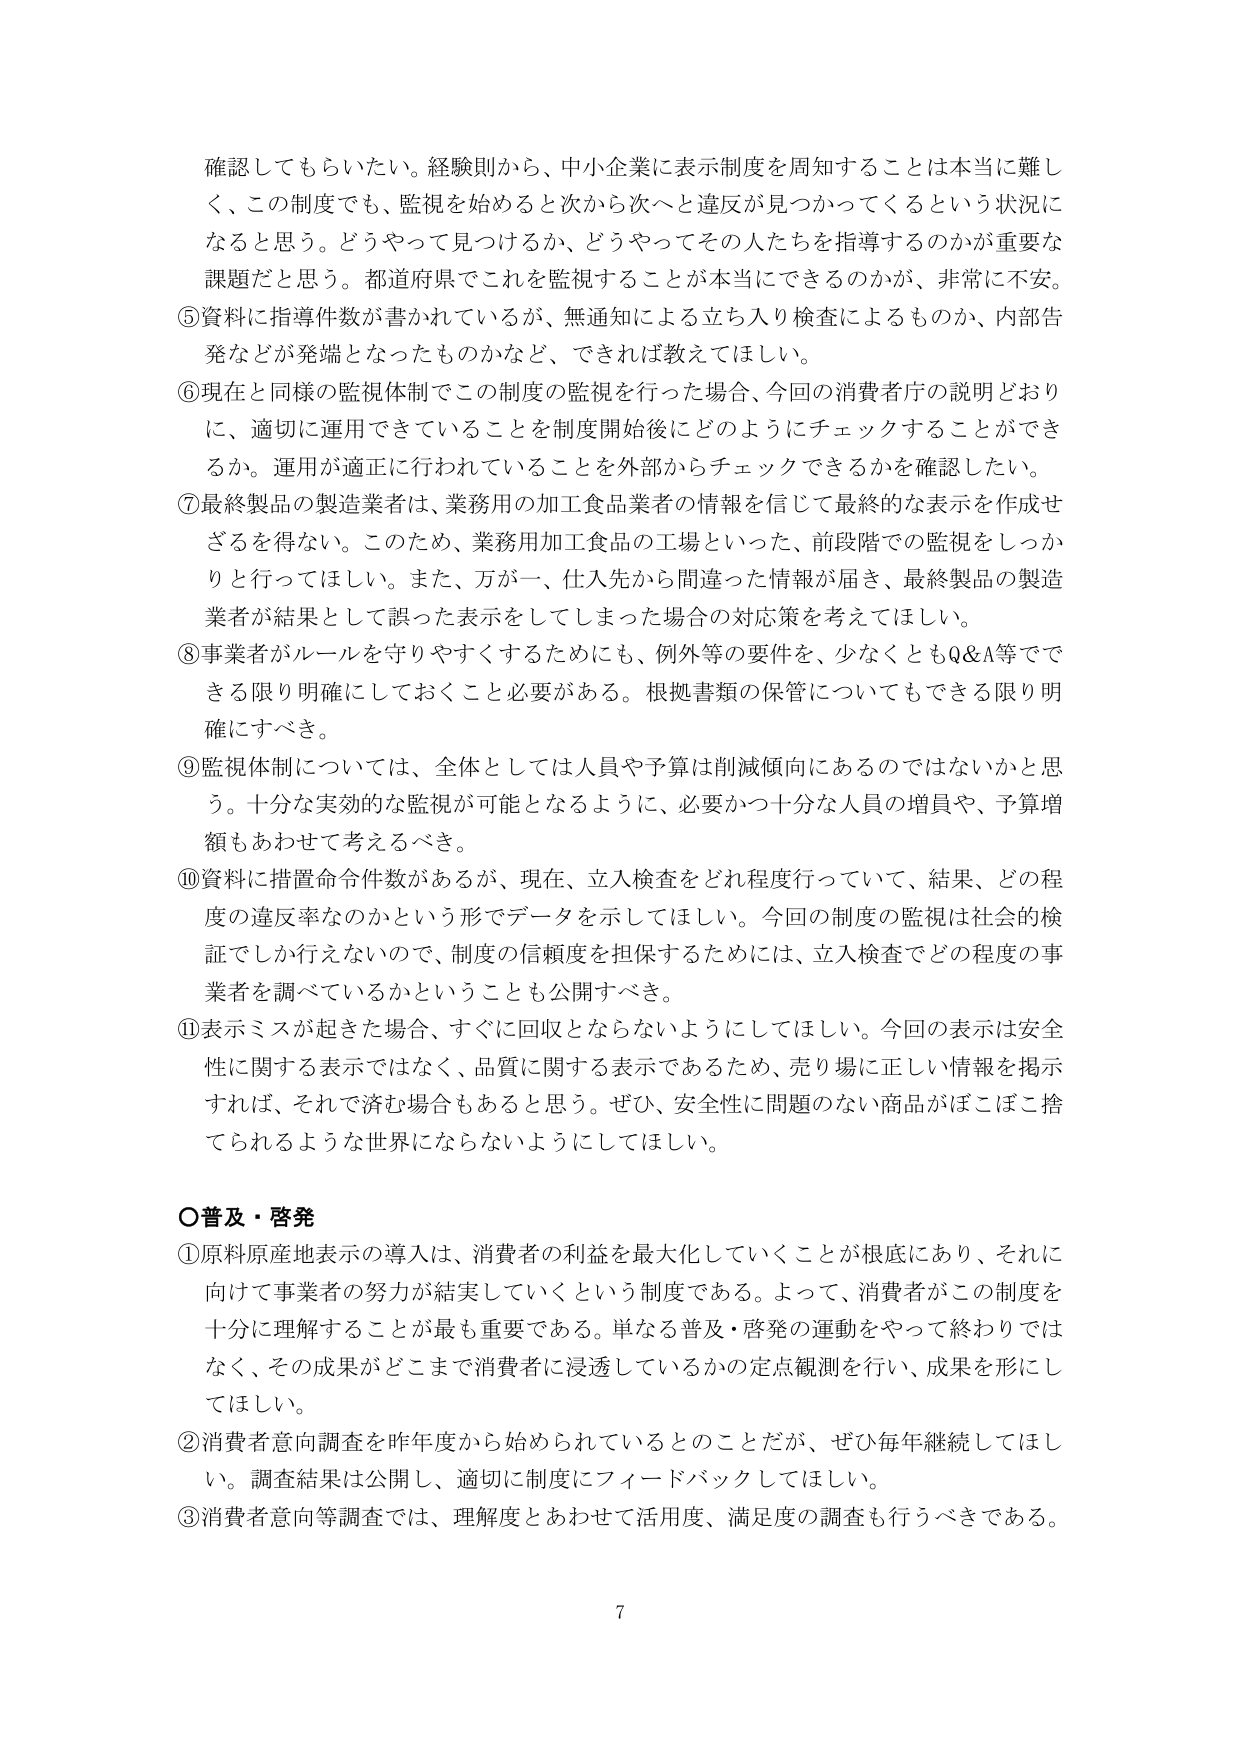
確認してもらいたい。経験則から、中小企業に表示制度を周知することは本当に難しく、この制度でも、監視を始めると次から次へと違反が見つかってくるという状況になると思う。どうやって見つけるか、どうやってその人たちを指導するのかが重要な課題だと思う。都道府県でこれを監視することが本当にできるのかが、非常に不安。
⑤資料に指導件数が書かれているが、無通知による立ち入り検査によるものか、内部告発などが発端となったものかなど、できれば教えてほしい。
⑥現在と同様の監視体制でこの制度の監視を行った場合、今回の消費者庁の説明どおりに、適切に運用できていることを制度開始後にどのようにチェックすることができるか。運用が適正に行われていることを外部からチェックできるかを確認したい。
⑦最終製品の製造業者は、業務用の加工食品業者の情報を信じて最終的な表示を作成せざるを得ない。このため、業務用加工食品の工場といった、前段階での監視をしっかり行ってほしい。また、万が一、仕入先から間違った情報が届き、最終製品の製造業者が結果として誤った表示をしてしまった場合の対応策を考えてほしい。
⑧事業者がルールを守りやすくするためにも、例外等の要件を、少なくともQ&A等でできる限り明確にしておくこと必要がある。根拠書類の保管についてもできる限り明確にすべき。
⑨監視体制については、全体としては人員や予算は削減傾向にあるのではないかと思う。十分な実効的な監視が可能となるように、必要かつ十分な人員の増員や、予算増額もあわせて考えるべき。
⑩資料に措置命令件数があるが、現在、立入検査をどれ程度行っていて、結果、どの程度の違反率なのかという形でデータを示してほしい。今回の制度の監視は社会的検証でしか行えないので、制度の信頼度を担保するためには、立入検査でどの程度の事業者を調べているかということも公開すべき。
⑪表示ミスが起きた場合、すぐに回収とならないようにしてほしい。今回の表示は安全性に関する表示ではなく、品質に関する表示であるため、売り場に正しい情報を掲示すれば、それで済む場合もあると思う。ぜひ、安全性に問題のない商品がほこぼこ捨てられるような世界にならないようにしてほしい。

○普及・啓発
①原料原産地表示の導入は、消費者の利益を最大化していくことが根底にあり、それに向けて事業者の努力が結実していくという制度である。よって、消費者がこの制度を十分に理解することが最も重要である。単なる普及・啓発の運動をやって終わりではなく、その成果がどこまで消費者に浸透しているかの定点観測を行い、成果を形にしてほしい。
②消費者意向調査を昨年度から始められているとのことだが、ぜひ毎年継続してほしい。調査結果は公開し、適切に制度にフィードバックしてほしい。
③消費者意向等調査では、理解度とあわせて活用度、満足度の調査も行うべきである。

7